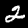
Label: 2